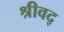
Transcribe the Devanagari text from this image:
श्रीवद्‌